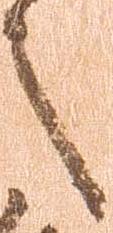
之